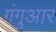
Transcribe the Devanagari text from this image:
गंगुआर